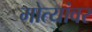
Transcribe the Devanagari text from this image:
मोत्यांवर